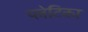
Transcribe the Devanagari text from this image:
प्लेटिका